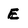
Character: E